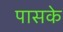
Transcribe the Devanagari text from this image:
पासके